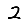
Digit: 2